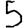
Digit: 5